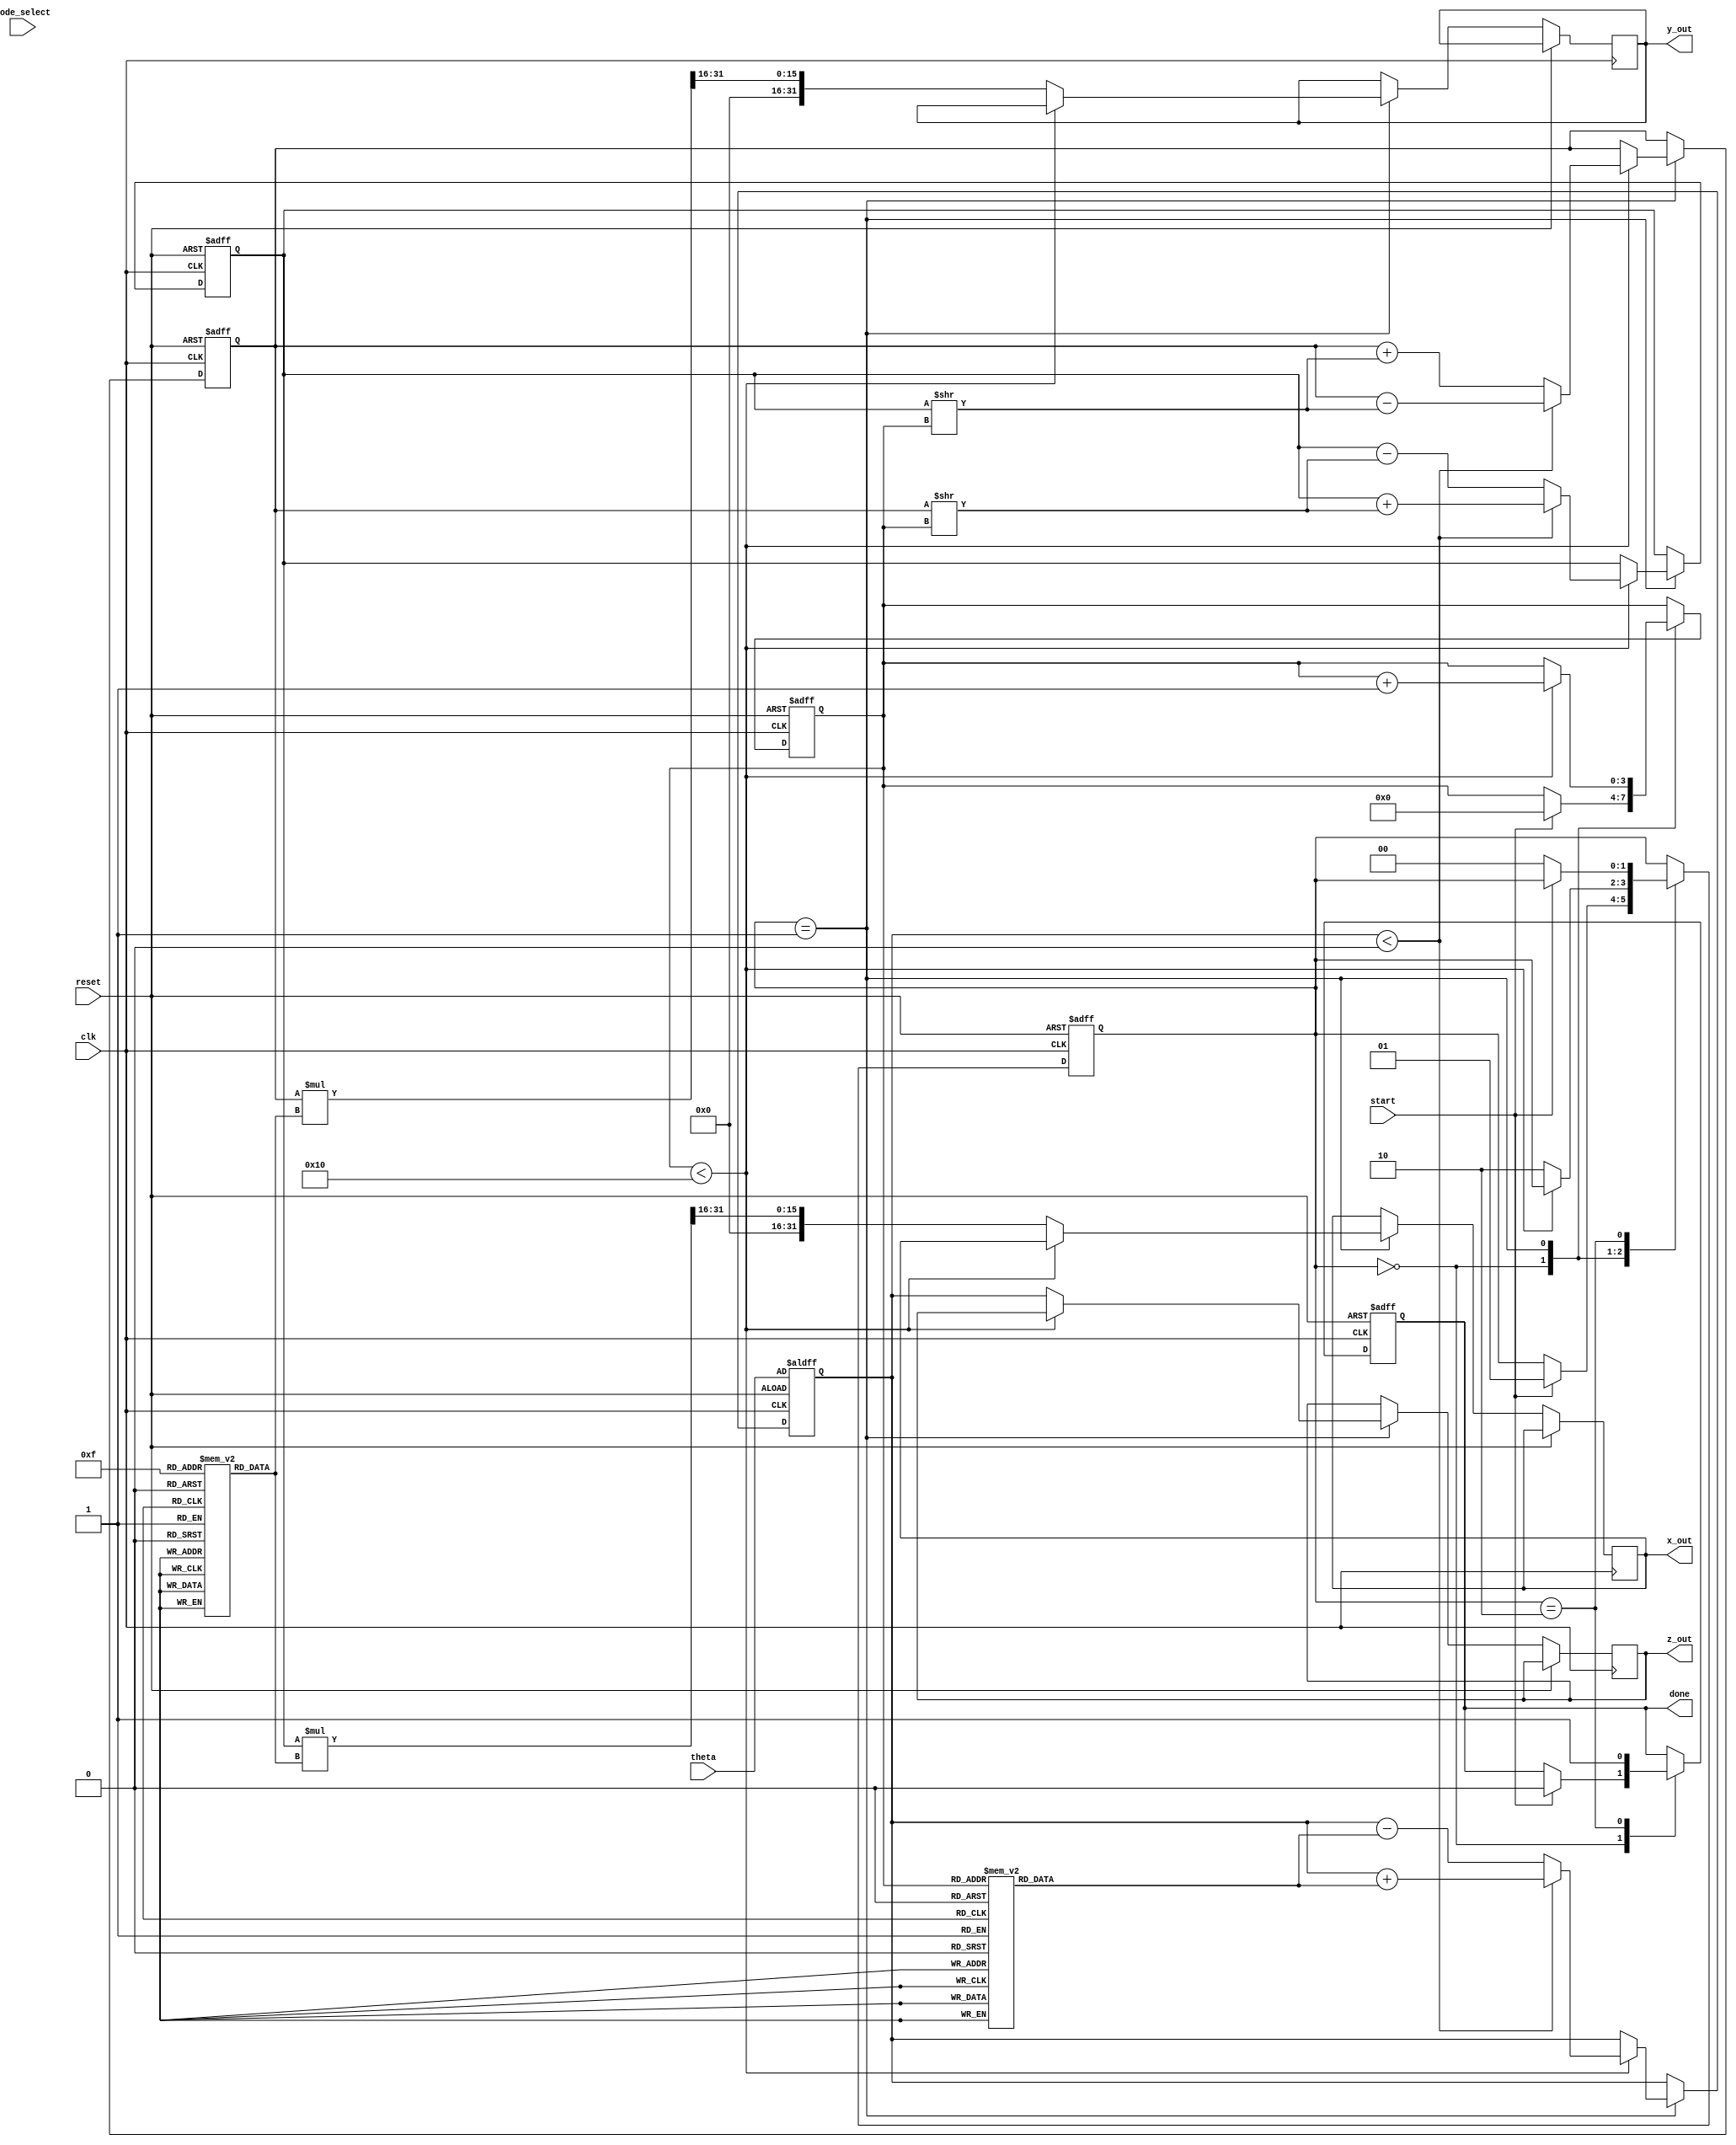
module cordic (
    input wire clk,
    input wire reset,
    input wire start,
    input wire mode_select, // 0 for rotation, 1 for vectoring
    input wire [31:0] theta, // Angle input in radians (fixed-point)
    output reg [31:0] x_out, // X output
    output reg [31:0] y_out, // Y output
    output reg [31:0] z_out, // Z output (angle output for vectoring)
    output reg done // Operation complete signal
);

    // Parameters
    parameter N = 16; // Number of iterations
    parameter FIXED_POINT_SCALE = 32'h00010000; // Scaling factor for fixed-point representation

    // Registers
    reg [31:0] x_reg;
    reg [31:0] y_reg;
    reg [31:0] z_reg;
    reg [3:0] iteration_count;
    reg [31:0] atan_lut [0:N-1]; // LUT for arctangent values
    reg [31:0] gain_lut [0:N-1]; // LUT for gain values

    // Control Logic
    reg [1:0] state;
    localparam IDLE = 2'b00, RUN = 2'b01, DONE = 2'b10;

    // Initialize LUTs (example values, should be filled with actual precomputed values)
    initial begin
        // Populate atan_lut with precomputed atan(2^-i) values
        atan_lut[0] = 32'h00000000; // atan(1) = 0
        atan_lut[1] = 32'h00000020; // atan(0.5) = 0.4636 (in fixed-point)
        atan_lut[2] = 32'h00000030; // atan(0.25) = 0.2449 (in fixed-point)
        // ... continue for all N iterations

        // Populate gain_lut with scaling factors
        gain_lut[0] = FIXED_POINT_SCALE; // Gain for 0 iterations
        gain_lut[1] = 32'h0000B504; // Gain for 1 iteration (example)
        // ... continue for all N iterations
    end

    // State Machine
    always @(posedge clk or posedge reset) begin
        if (reset) begin
            state <= IDLE;
            done <= 0;
            iteration_count <= 0;
            x_reg <= FIXED_POINT_SCALE; // Initialize X to 1.0
            y_reg <= 0; // Initialize Y to 0
            z_reg <= theta; // Initialize Z to input angle
        end else begin
            case (state)
                IDLE: begin
                    if (start) begin
                        state <= RUN;
                        iteration_count <= 0;
                        done <= 0;
                    end
                end
                RUN: begin
                    if (iteration_count < N) begin
                        // CORDIC Iteration
                        if (mode_select == 0) begin // Rotation mode
                            if (z_reg < 0) begin
                                x_reg <= x_reg + (y_reg >> iteration_count);
                                y_reg <= y_reg - (x_reg >> iteration_count);
                                z_reg <= z_reg + atan_lut[iteration_count];
                            end else begin
                                x_reg <= x_reg - (y_reg >> iteration_count);
                                y_reg <= y_reg + (x_reg >> iteration_count);
                                z_reg <= z_reg - atan_lut[iteration_count];
                            end
                        end else begin // Vectoring mode
                            if (z_reg < 0) begin
                                x_reg <= x_reg + (y_reg >> iteration_count);
                                y_reg <= y_reg - (x_reg >> iteration_count);
                                z_reg <= z_reg + atan_lut[iteration_count];
                            end else begin
                                x_reg <= x_reg - (y_reg >> iteration_count);
                                y_reg <= y_reg + (x_reg >> iteration_count);
                                z_reg <= z_reg - atan_lut[iteration_count];
                            end
                        end
                        iteration_count <= iteration_count + 1;
                    end else begin
                        // Scale the results
                        x_out <= (x_reg * gain_lut[N-1]) >> 16; // Scale X
                        y_out <= (y_reg * gain_lut[N-1]) >> 16; // Scale Y
                        z_out <= z_reg; // Output Z
                        state <= DONE;
                    end
                end
                DONE: begin
                    done <= 1; // Indicate completion
                    if (!start) begin
                        state <= IDLE; // Return to IDLE if start is low
                    end
                end
            endcase
        end
    end

endmodule